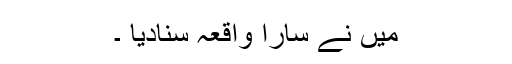
میں نے سارا واقعہ سنادیا ۔